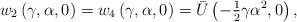
LaTeX: \begin{align*}w_{2}\left( {\gamma,\alpha,0}\right) =w_{4}\left( {\gamma,\alpha,0}\right)=\bar{{U}}\left( {-{\tfrac{1}{2}}\gamma\alpha^{2},0}\right) , \end{align*}